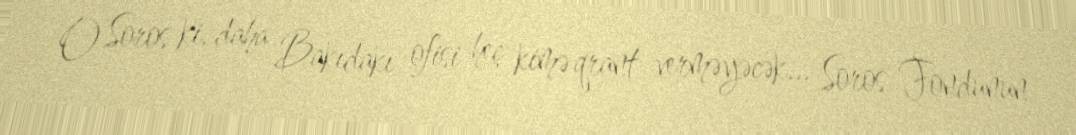
O Soros ki, daha Bakıdakı ofisi heç kimə qrant verməyəcək... Soros Fondunun